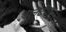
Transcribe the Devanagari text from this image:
प्लैटेया